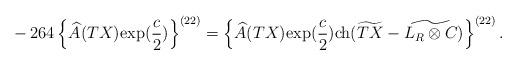
LaTeX: \begin{align*}&-264\left\{\widehat{A}(TX){\rm exp}(\frac{c}{2})\right\}^{(22)}=\left\{\widehat{A}(TX){\rm exp}(\frac{c}{2}){\rm ch}(\widetilde{TX}-\widetilde{L_R\otimes C})\right\}^{(22)}.\end{align*}